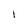
Character: l